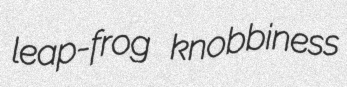
leap-frog knobbiness